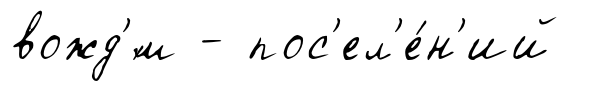
вожд'́м - пос'ел'е́н'ий